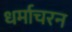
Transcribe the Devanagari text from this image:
धर्माचरन